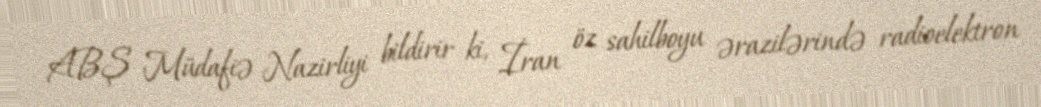
ABŞ Müdafiə Nazirliyi bildirir ki, İran öz sahilboyu ərazilərində radioelektron